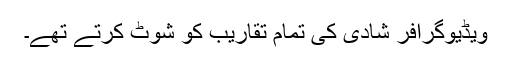
ويڈيوگرافر شادی کی تمام تقاریب کو شوٹ کرتے تھے۔